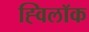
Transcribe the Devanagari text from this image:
ह्विलॉक